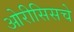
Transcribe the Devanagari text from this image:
ओरीसिसचे